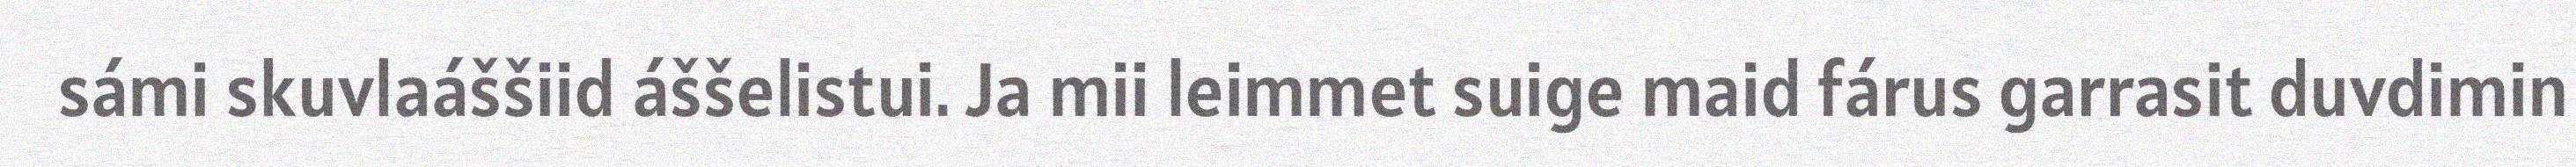
sámi skuvlaáššiid áššelistui. Ja mii leimmet suige maid fárus garrasit duvdimin